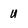
Character: U